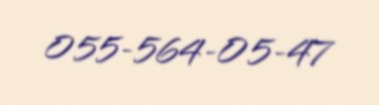
055-564-05-47